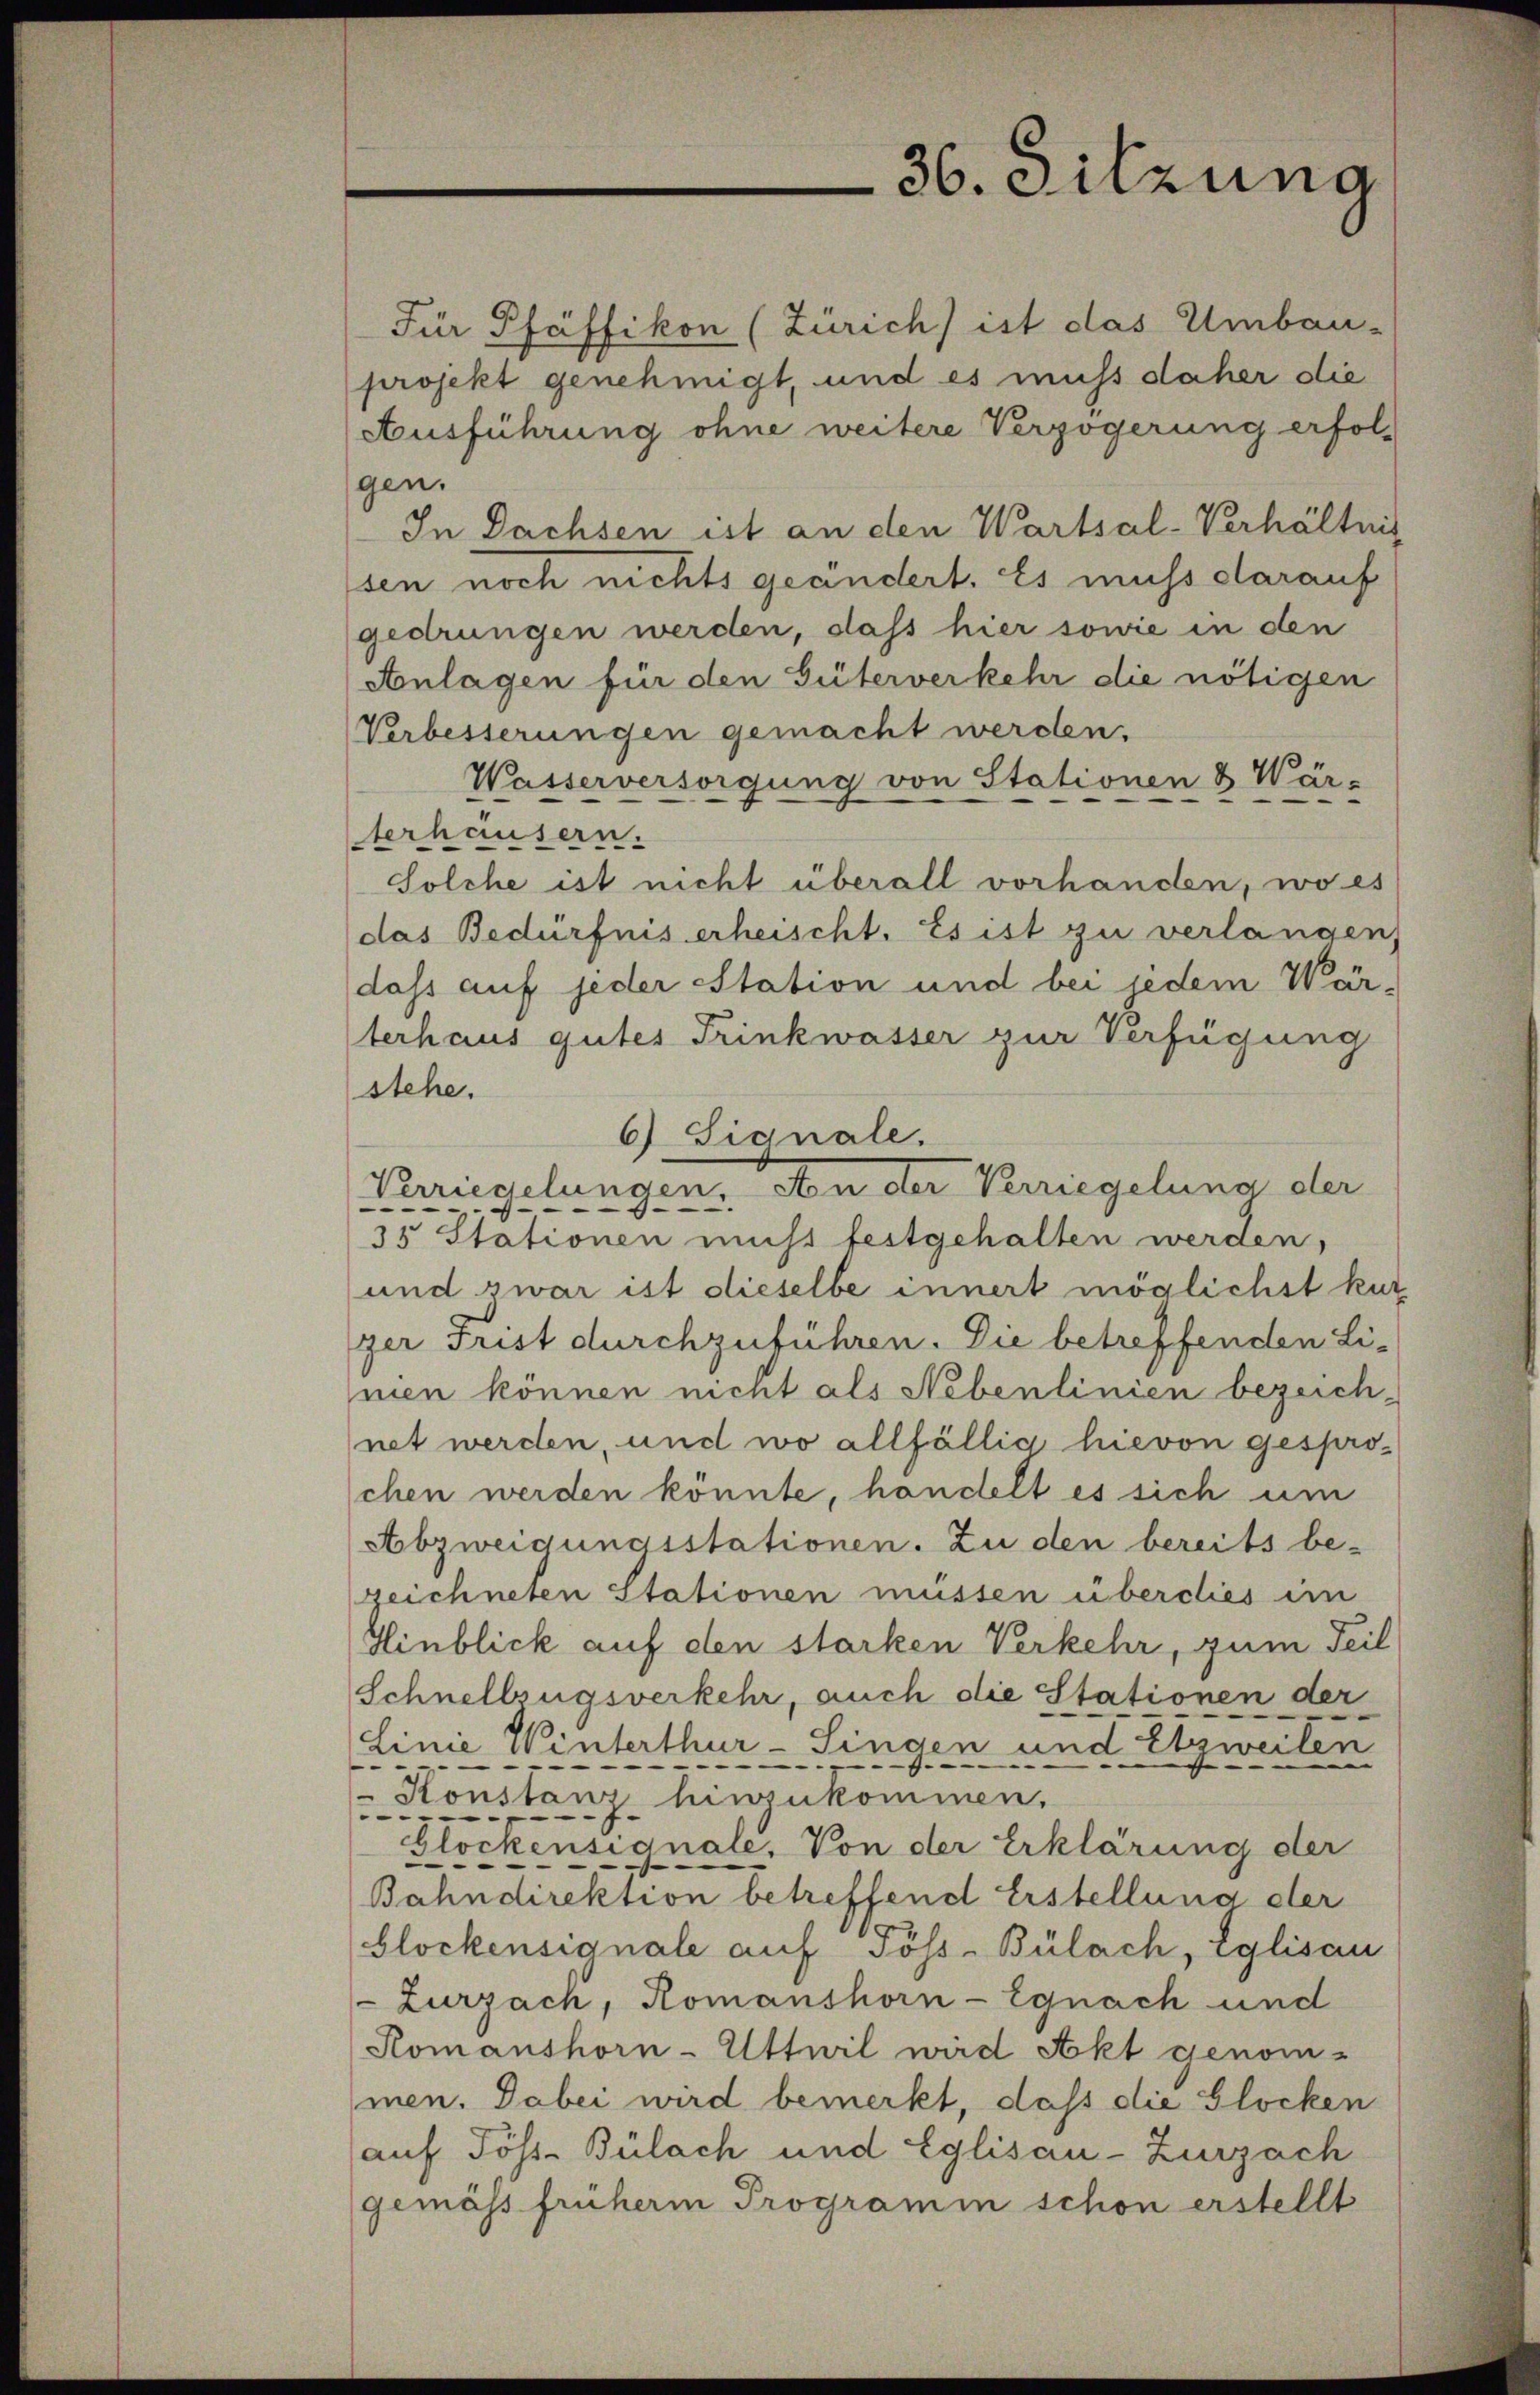
36. Sitzung

Für Pfäffikon (Zürich) ist das Umbau-
projekt genehmigt, und es muss daher die
Ausführung ohne weitere Verzögerung erfolgen.
In Dachsen ist an den Wartsal-Verhältnis
sen noch nichts geändert. Es muss darauf
gedrungen werden, dass hier sowie in den
Anlagen für den Güterverkehr die nötigen
Verbesserungen gemacht werden.
Wasserversorgung von Stationen & Wär-
terhäusern.
Solche ist nicht überall vorhanden, wo es
das Bedürfnis erheischt. Es ist zu verlangen,
dass auf jeder Station und bei jedem Wer-
terhaus gutes Trinkwasser zur Verfügung
stehe.
6) Signale.
Kugelangen. An der Kriegelung der
3o Stationen nicht festgehalten werden,
und zwar ist dieselbe innert möglichst kur
ger Frist durchzuführen. Die betreffenden Li-
nien können nicht als Nebenlinien bezeichnet werden, und wo allfällig hievon gespro-
chen werden könnte, handelt es sich um
Abzweigungsstationen. Zu den bereits be-
zeichneten Stationen müssen überdies im
Hinblick auf den starken Verkehr, zum Teil
Schnellzugsverkehr, auch die Stationen der
Linie Winterthur–Singen und Etzweilen
Konstanz hinzukommen,
Glöckensignale, Von der Erklärung der
Bahndirektion betreffend Erstellung der
blockensignale auf Pöss-Bülach, Eglisau
Zurzach, Romanshorn - Egnach und
Komanshorn-Uttwil wird Akt genom-
men. Dabei wird bemerkt, daß die Glocken
auf Töss-Bülach und Eglisau-Zurzach
gemäss früherm Programin schon erstellt